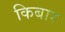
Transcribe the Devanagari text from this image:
किबार